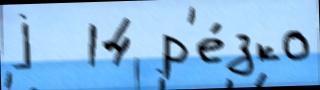
j  14 р'е́зко